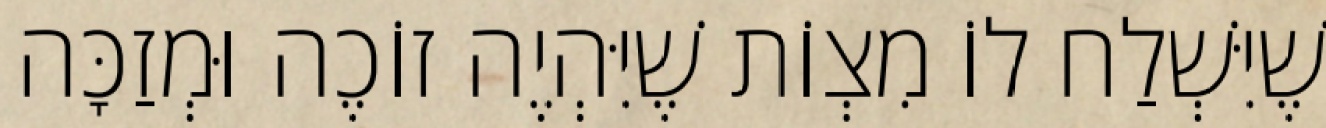
שֶׁיִּשְׁלַח לוֹ מִצְוֹת שֶׁיִּהְיֶה זוֹכֶה וּמְזַכָּה